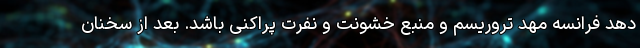
دهد فرانسه مهد تروریسم و منبع خشونت و نفرت پراکنی باشد. بعد از سخنان